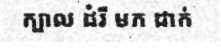
ក្បាល ដំរី មក ដាក់